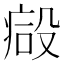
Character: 𣪪